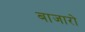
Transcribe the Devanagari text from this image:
बाजारो